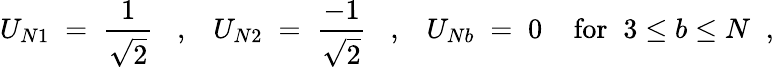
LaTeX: U_{N1}\; =\; \frac{1}{\sqrt{2}}\; \; \; ,\; \; \; U_{N2}\; =\; \frac{-1}{\sqrt{2}}\; \; \; ,\; \; \; U_{Nb}\; =\; 0\; \; \; \; \mathrm{for}\; \; 3\leq b\leq N\; \; ,